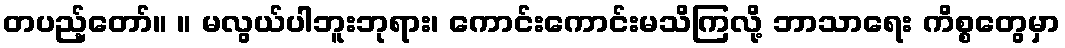
တပည့်တော်။ ။ မလွယ်ပါဘူးဘုရား၊ ကောင်းကောင်းမသိကြလို့ ဘာသာရေး ကိစ္စတွေမှာ